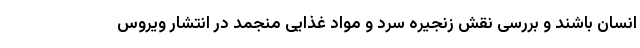
انسان باشند و بررسی نقش زنجیره سرد و مواد غذایی منجمد در انتشار ویروس